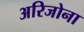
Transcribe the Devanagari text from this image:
अरिजोना